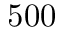
5 0 0